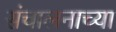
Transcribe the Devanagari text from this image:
संचालनाच्या